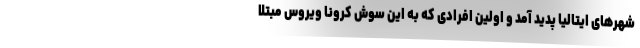
شهرهای ایتالیا پدید آمد و اولین افرادی که به این سوش کرونا ویروس مبتلا